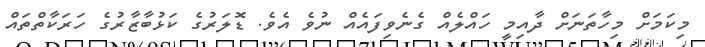
މިކަމަށް މިހާތަނަށް ދާއިމީ ހައްލެއް ގެނެވިފައެއް ނުވެ އެވެ. ޑޮލަރުގެ ކަޅުބާޒާރުގެ ހަރަކާތްތައް